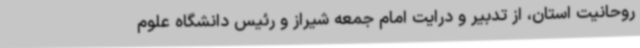
روحانیت استان، از تدبیر و درایت امام جمعه شیراز و رئیس دانشگاه علوم